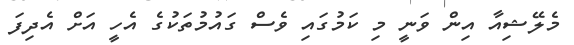
މެލޭޝިއާ އިން ވަނީ މި ކަމުގައި ވެސް ގައުމުތަކުގެ އެހީ އަށް އެދިފަ